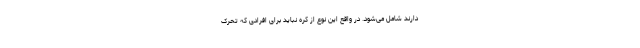
دارند شامل می‌شود. در واقع این نوع از کره نباید برای افرادی که تحرک